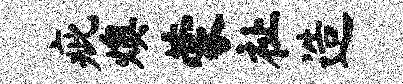
疵燠蒙祉造